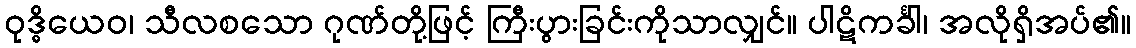
ဝုဒ္ဓိယေဝ၊ သီလစသော ဂုဏ်တို့ဖြင့် ကြီးပွားခြင်းကိုသာလျှင်။ ပါဋိကင်္ခါ၊ အလိုရှိအပ်၏။